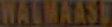
WALLAASU